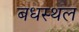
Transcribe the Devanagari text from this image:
बधस्थल